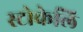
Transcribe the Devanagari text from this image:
स्टोकेलि